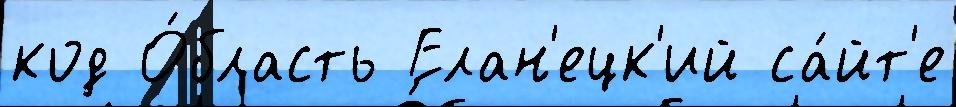
код О́бласть Елан'ецк'ий са́йт'е